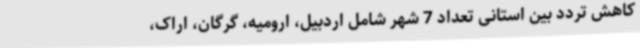
کاهش تردد بین استانی تعداد 7 شهر شامل اردبیل، ارومیه، گرگان، اراک،